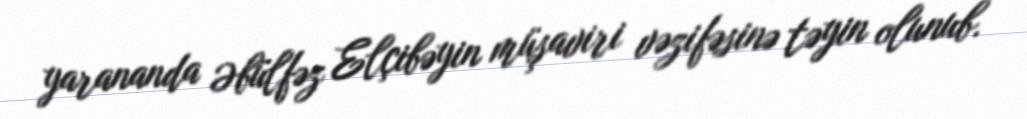
yarananda Əbülfəz Elçibəyin müşaviri vəzifəsinə təyin olunub.